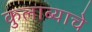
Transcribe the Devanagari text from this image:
कुलाब्याचे